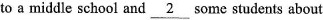
to a middle school and \underline { 2 } some students about